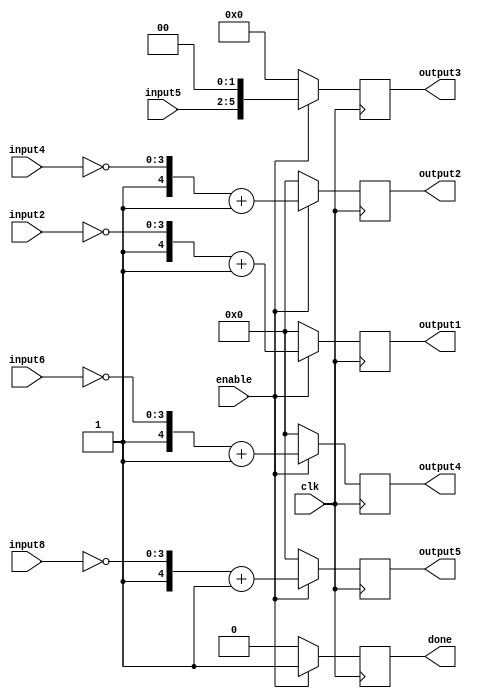
`timescale 1ns / 1ps

module ConvolutionStage1(
	input clk,
	input [3:0] input2,
	input [3:0] input4,
	input [3:0] input5,
	input [3:0] input6,
	input [3:0] input8,
	output reg signed [4:0] output1,
	output reg signed [4:0] output2,
	output reg signed [5:0] output3,
	output reg signed [4:0] output4,
	output reg signed [4:0] output5,
	input enable,
	output reg done	
    );
	
	always @ (posedge clk) begin
		if(enable) begin
			output1 <= {1'b1, ~(input2)} + 5'b00001;			
			output2 <= {1'b1, ~(input4)} + 5'b00001;
			output3 <= {2'b00, input5} << 2;
			output4 <= {1'b1, ~(input6)} + 5'b00001;
			output5 <= {1'b1, ~(input8)} + 5'b00001;
			done <= 1'b1;
		end
		else begin
			output1 <= 0;
			output2 <= 0;
			output3 <= 0;
			output4 <= 0;
			output5 <= 0;
			done <= 1'b0;
		end
	end
	
endmodule